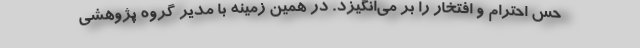
حس احترام و افتخار را بر می‌انگیزد. در همین زمینه با مدیر گروه پژوهشی